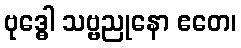
ဗုဒ္ဓေါ သဗ္ဗညုနော ဧတေ၊